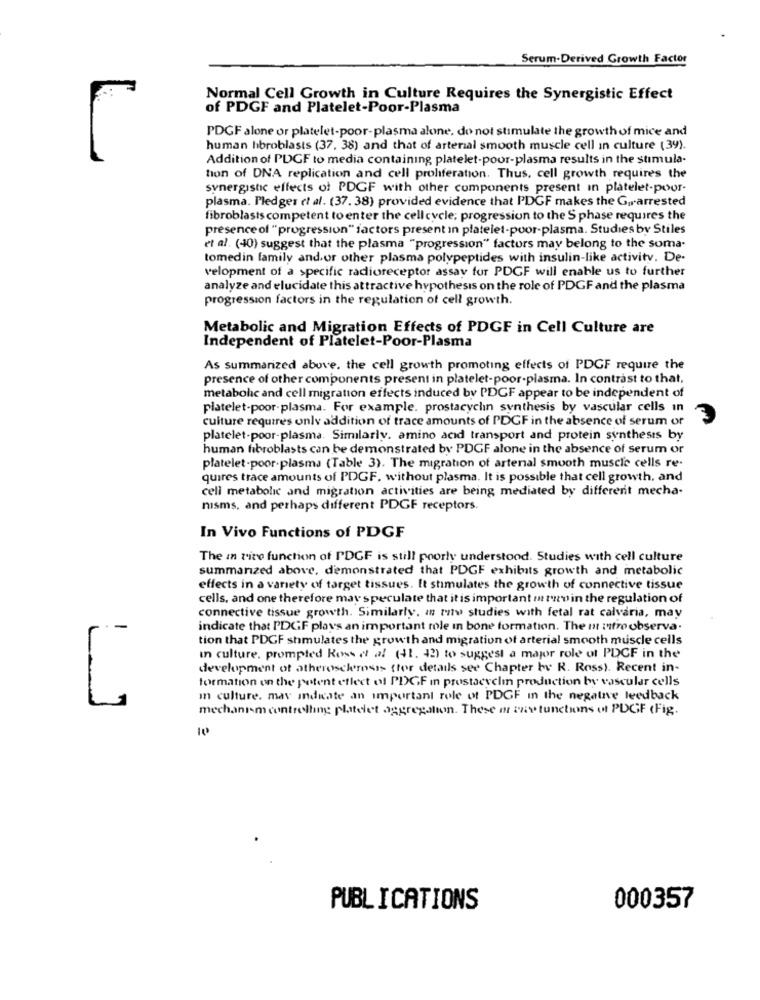
Serum-Derived Growth Factor
Normal Cell Growth in Culture Requires the Synergistic Effect
of PDGF and Platelet-Poor-Plasma
PDGF alone or platelet-poor-plasma alone, do not stimulate the growth of mice and
human libroblasts (37, 38) and that of arterial smooth muscle cell in culture (39).
Addition of PDGF to media containing platelet-poor-plasma results in the stimula-
tion of DNA replication and cell proliferation. Thus, cell growth requires the
synergistic effects of PDGF with other components present in platelet-pour.
plasma. Pledges et al. (37. 38) provided evidence that PDGF makes the Gurarrested
fibroblasts competent to enter the cellcycle; progression to the S phase requires the
presence of "progression" factors present in platelet-poor-plasma. Studies by Stiles
et al. (40) suggest that the plasma "progression" factors may belong to the soma.
tomedin family and or other plasma polypeptides with insulin-like activity. De-
velopment of a specific radioreceptor assay for PDGF will enable us to further
analyze and elucidate this attractive hypothesis on the role of PDGF and the plasma
progression factors in the regulation of cell growth.
Metabolic and Migration Effects of PDGF in Cell Culture are
Independent of Platelet-Poor-Plasma
As summarized above. the cell growth promoting effects of PDGF require the
presence of other components present in platelet-poor-plasma. In contrast to that,
metabolic and cell migration effects induced by PDCF appear to be independent of
platelet-poor-plasma. For example. prostacychin synthesis by vascular cells in
culture requires only addition of trace amounts of PDGF in the absence of serum or
platelet-poor-plasma. Similarly, amino acid transport and protein synthesis by
human fibroblasts can be demonstrated by PDGF alone in the absence of serum or
platelet-poor.plasma (Table 3). The migration of artenal smooth muscle cells re-
quires trace amounts of PDGF. without plasma. It is possible that cell growth, and
cell metabolic and migration activities are being mediated by different mecha-
nisms, and perhaps different PDGF receptors.
In Vivo Functions of PDGF
The in rive function of PDGF is still poorly understood. Studies with cell culture
summarized above, demonstrated that PDGF exhibits growth and metabolic
effects in a variety of target tissues. It stimulates the growth of connective tissue
cells, and one therefore may speculate that it is important m tro in the regulation of
connective tissue growth. Similarly, an raw studies with fetal rat calvaria, may
indicate that PDGF plays an important role in bone formation. The ot intro observa.
tion that PDCF shmulates the growth and migration of arterial smooth muscle cells
in culture, prompted Rows of al (41. 42) to suggest a major role of PDCF in the
development of atherosclerosis (for details see Chapter by R. Ross). Recent in-
formation on the potent effect of PDGF in prostacycli production by vascular cells
in culture. may indicate an important role of PDGF in the negative leedback
mechanism controlling platelet aggregation. These or any tunctions of PDGF (Fig.
10
PUBLICATIONS
000357